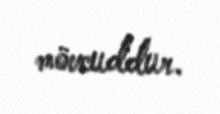
mövcuddur.